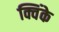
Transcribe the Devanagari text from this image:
क्विंके